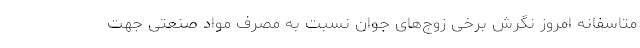
متاسفانه امروز نگرش برخی زوج‌های جوان نسبت به مصرف مواد صنعتی جهت